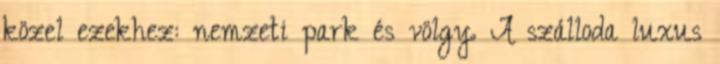
közel ezekhez: nemzeti park és völgy. A szálloda luxus